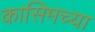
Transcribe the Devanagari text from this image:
कासिमच्या